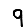
Digit: 9